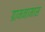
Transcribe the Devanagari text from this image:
ग्रामनामास